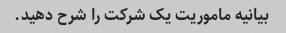
بیانیه ماموریت یک شرکت را شرح دهید.